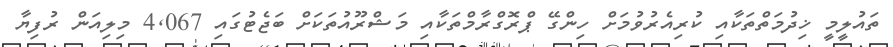
ތައުލީމީ ޚިދުމަތްތަކާއި ކުރިއެރުވުމަށް ހިންގޭ ޕްރޮގްރާމްތަކާއި މަޝްރޫއުތަކަށް ބަޖެޓުގައި 4